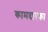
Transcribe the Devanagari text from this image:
कामदारका